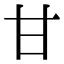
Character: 甘